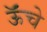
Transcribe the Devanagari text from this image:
ऊॅंचे